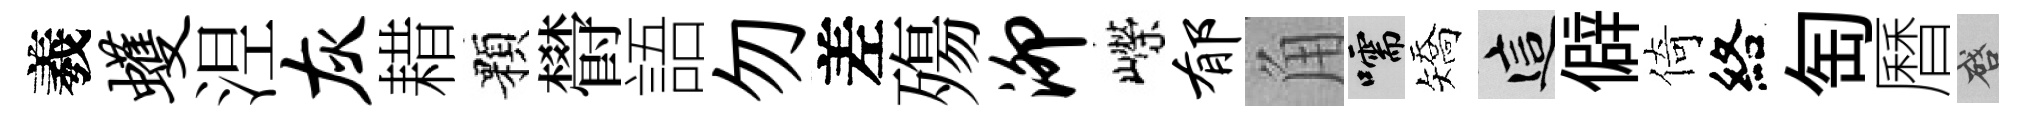
羲蠖𣵀灰耤顆欎語勿差殤泖嶸郁角嚅矯這僻倚絡匋曆啓